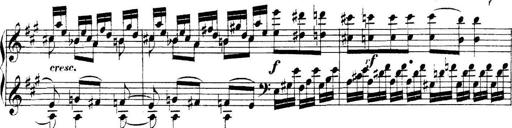
Title: Collected Piano Sonatas
Composer: Muzio Clementi